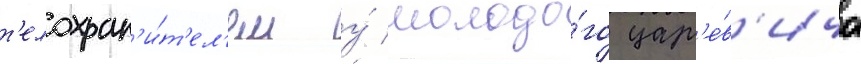
т'елохран'и́т'ел'ем у́ молодо́го цар'е́в'ича